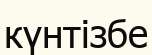
күнтізбе